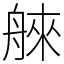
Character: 𦩑